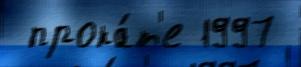
 прока́т'е 1997